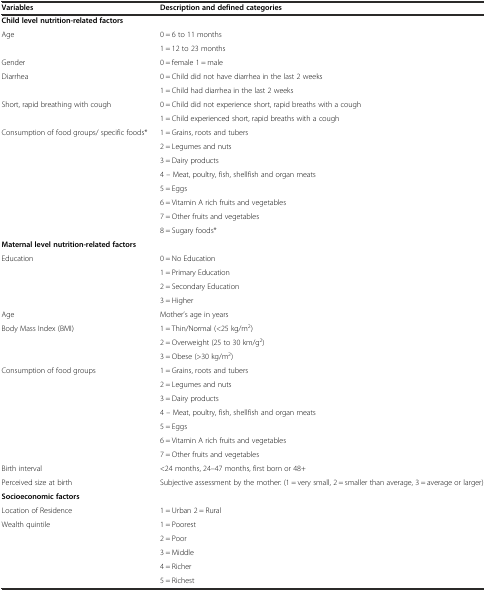
<table><thead><tr><td><b>Variables</b></td><td><b>Description and defined categories</b></td></tr></thead><tbody><tr><td colspan="2"><b>Child level nutrition-related factors</b></td></tr><tr><td rowspan="2">Age</td><td>0 = 6 to 11 months</td></tr><tr><td>1 = 12 to 23 months</td></tr><tr><td>Gender</td><td>0 = female 1 = male</td></tr><tr><td rowspan="2">Diarrhea</td><td>0 = Child did not have diarrhea in the last 2 weeks</td></tr><tr><td>1 = Child had diarrhea in the last 2 weeks</td></tr><tr><td rowspan="2">Short, rapid breathing with cough</td><td>0 = Child did not experience short, rapid breaths with a cough</td></tr><tr><td>1 = Child experienced short, rapid breaths with a cough</td></tr><tr><td rowspan="8">Consumption of food groups/ specific foods*</td><td>1 = Grains, roots and tubers</td></tr><tr><td>2 = Legumes and nuts</td></tr><tr><td>3 = Dairy products</td></tr><tr><td>4 – Meat, poultry, fish, shellfish and organ meats</td></tr><tr><td>5 = Eggs</td></tr><tr><td>6 = Vitamin A rich fruits and vegetables</td></tr><tr><td>7 = Other fruits and vegetables</td></tr><tr><td>8 = Sugary foods*</td></tr><tr><td><b>Maternal level nutrition-related factors</b></td><td></td></tr><tr><td rowspan="4">Education</td><td>0 = No Education</td></tr><tr><td>1 = Primary Education</td></tr><tr><td>2 = Secondary Education</td></tr><tr><td>3 = Higher</td></tr><tr><td>Age</td><td>Mother’s age in years</td></tr><tr><td rowspan="3">Body Mass Index (BMI)</td><td>1 = Thin/Normal (&lt;25 kg/m<sup>2</sup>)</td></tr><tr><td>2 = Overweight (25 to 30 km/g<sup>2</sup>)</td></tr><tr><td>3 = Obese (&gt;30 kg/m<sup>2</sup>)</td></tr><tr><td rowspan="7">Consumption of food groups</td><td>1 = Grains, roots and tubers</td></tr><tr><td>2 = Legumes and nuts</td></tr><tr><td>3 = Dairy products</td></tr><tr><td>4 – Meat, poultry, fish, shellfish and organ meats</td></tr><tr><td>5 = Eggs</td></tr><tr><td>6 = Vitamin A rich fruits and vegetables</td></tr><tr><td>7 = Other fruits and vegetables</td></tr><tr><td>Birth interval</td><td>&lt;24 months, 24–47 months, first born or 48+</td></tr><tr><td>Perceived size at birth</td><td>Subjective assessment by the mother: (1 = very small, 2 = smaller than average, 3 = average or larger)</td></tr><tr><td colspan="2"><b>Socioeconomic factors</b></td></tr><tr><td>Location of Residence</td><td>1 = Urban 2 = Rural</td></tr><tr><td rowspan="5">Wealth quintile</td><td>1 = Poorest</td></tr><tr><td>2 = Poor</td></tr><tr><td>3 = Middle</td></tr><tr><td>4 = Richer</td></tr><tr><td>5 = Richest</td></tr></tbody></table>